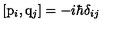
\left[ { \mathrm { \boldmath { p } } } _ { i } , { \mathrm { \boldmath { q } } } _ { j } \right] = - i \hbar \delta _ { i j }